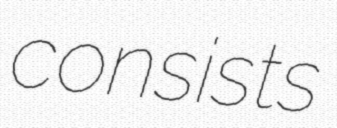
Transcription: consists